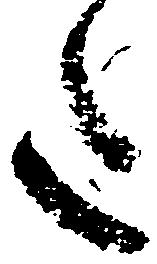
た